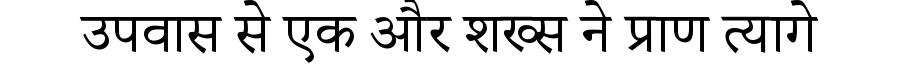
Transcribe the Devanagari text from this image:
उपवास से एक और शख्स ने प्राण त्यागे